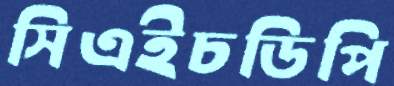
সিএইচডিপি